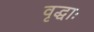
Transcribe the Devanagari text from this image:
वृद्धाः